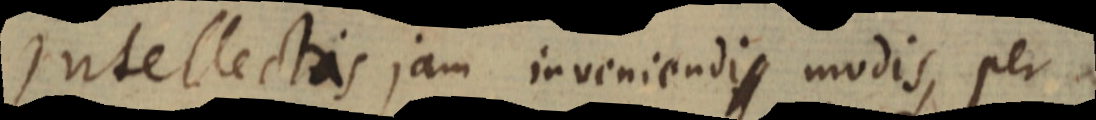
Intellectis jam inveniendi modis, per